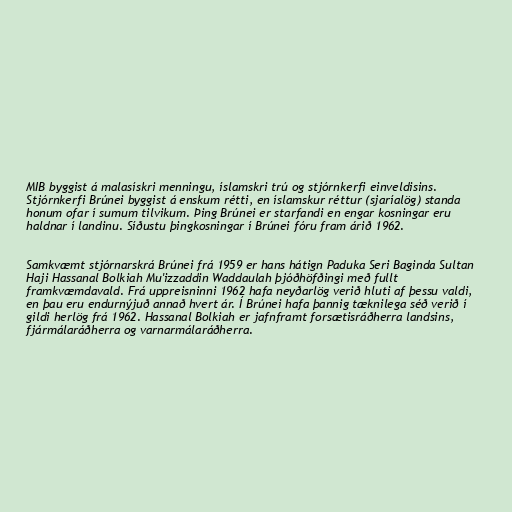
MIB byggist á malasískri menningu, íslamskri trú og stjórnkerfi einveldisins.
Stjórnkerfi Brúnei byggist á enskum rétti, en íslamskur réttur (sjaríalög) standa
honum ofar í sumum tilvikum. Þing Brúnei er starfandi en engar kosningar eru
haldnar í landinu. Síðustu þingkosningar í Brúnei fóru fram árið 1962.

Samkvæmt stjórnarskrá Brúnei frá 1959 er hans hátign Paduka Seri Baginda Sultan
Haji Hassanal Bolkiah Mu'izzaddin Waddaulah þjóðhöfðingi með fullt
framkvæmdavald. Frá uppreisninni 1962 hafa neyðarlög verið hluti af þessu valdi,
en þau eru endurnýjuð annað hvert ár. Í Brúnei hafa þannig tæknilega séð verið í
gildi herlög frá 1962. Hassanal Bolkiah er jafnframt forsætisráðherra landsins,
fjármálaráðherra og varnarmálaráðherra.